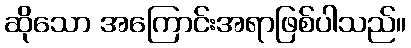
ဆိုသော အကြောင်းအရာဖြစ်ပါသည်။